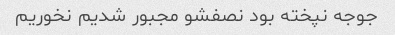
جوجه نپخته بود نصفشو مجبور شدیم نخوریم